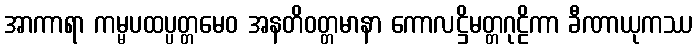
အာကာရာ ကမ္မပထပ္ပတ္တမေဝ အနတိဝတ္တမာနာ ကောလဋ္ဌိမတ္တဂုဠိကာ ခီဏာယုကဿ